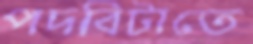
পদবিটাতে